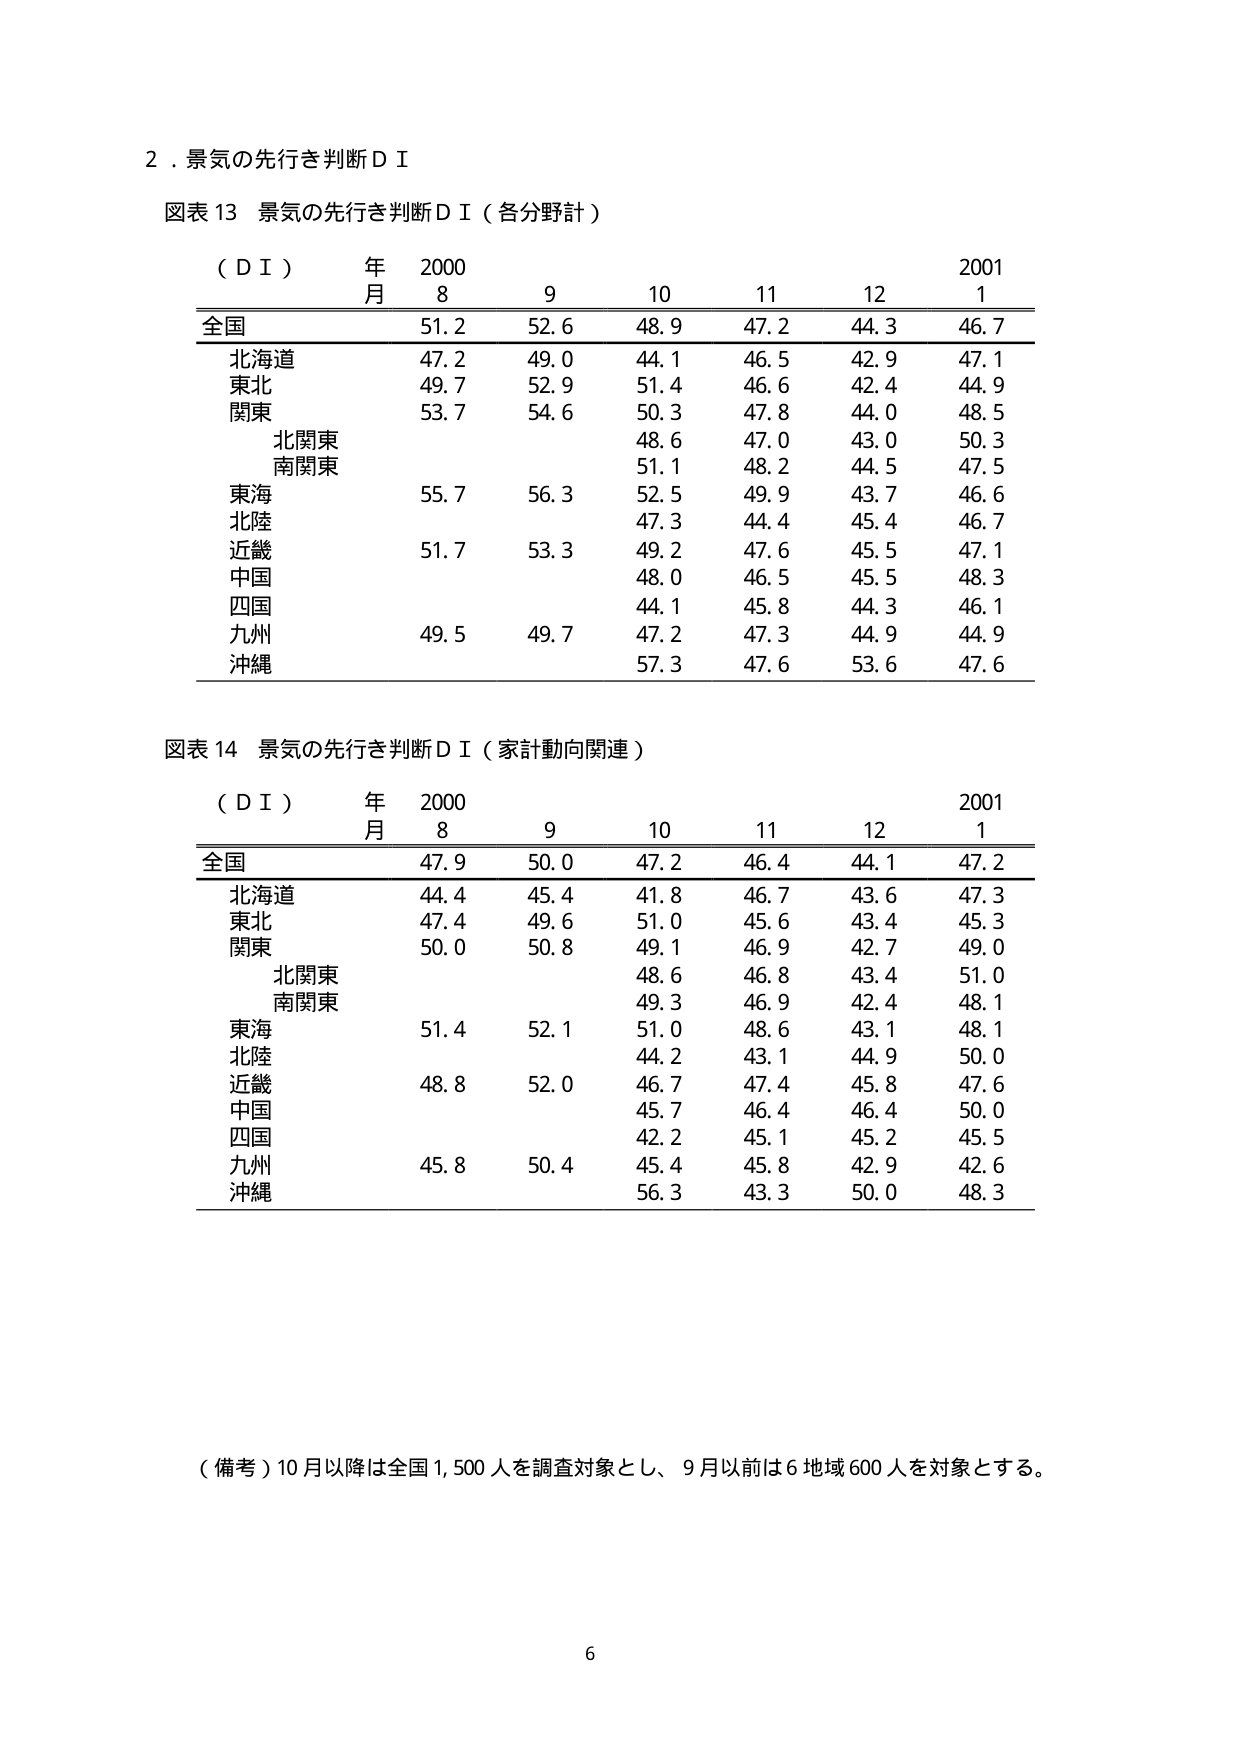
2．景気の先行き判断ＤＩ

図表13 景気の先行き判断ＤＩ（各分野計）

（ＤＩ） 年 2000 2001
月 8 9 10 11 12 1

全国 51.2 52.6 48.9 47.2 44.3 46.7
北海道 47.2 49.0 44.1 46.5 42.9 47.1
東北 49.7 52.9 51.4 46.6 42.4 44.9
関東 53.7 54.6 50.3 47.8 44.0 48.5
　北関東 48.6 47.0 43.0 50.3
　南関東 51.1 48.2 44.5 47.5
東海 55.7 56.3 52.5 49.9 43.7 46.6
北陸 47.3 44.4 45.4 46.7
近畿 51.7 53.3 49.2 47.6 45.5 47.1
中国 48.0 46.5 45.5 48.3
四国 44.1 45.8 44.3 46.1
九州 49.5 49.7 47.2 47.3 44.9 44.9
沖縄 57.3 47.6 53.6 47.6

図表14 景気の先行き判断ＤＩ（家計動向関連）

（ＤＩ） 年 2000 2001
月 8 9 10 11 12 1

全国 47.9 50.0 47.2 46.4 44.1 47.2
北海道 44.4 45.4 41.8 46.7 43.6 47.3
東北 47.4 49.6 51.0 45.6 43.4 45.3
関東 50.0 50.8 49.1 46.9 42.7 49.0
　北関東 48.6 46.8 43.4 51.0
　南関東 49.3 46.9 42.4 48.1
東海 51.4 52.1 51.0 48.6 43.1 48.1
北陸 44.2 43.1 44.9 50.0
近畿 48.8 52.0 46.7 47.4 45.8 47.6
中国 45.7 46.4 46.4 50.0
四国 42.2 45.1 45.2 45.5
九州 45.8 50.4 45.4 45.8 42.9 42.6
沖縄 56.3 43.3 50.0 48.3

（備考）10月以降は全国1,500人を調査対象とし、9月以前は6地域600人を対象とする。

6